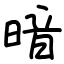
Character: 暗